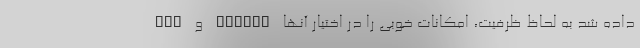
FCP و SERVCO داده شد به لحاظ ظرفیت، امکانات خوبی را در اختیار آنها